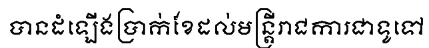
បានដំឡើងប្រាក់ខែដល់មន្ត្រីរាជការជាទូទៅ